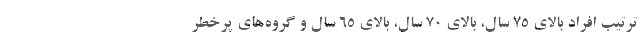
ترتیب افراد بالای 75 سال، بالای 70 سال، بالای 65 سال و گروه‌های پرخطر